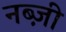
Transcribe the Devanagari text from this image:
नब्ज़ी